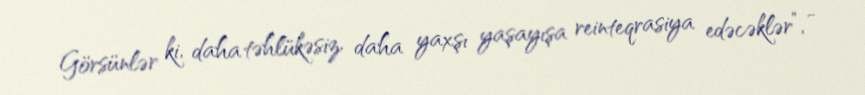
Görsünlər ki, daha təhlükəsiz, daha yaxşı yaşayışa reinteqrasiya edəcəklər”, -